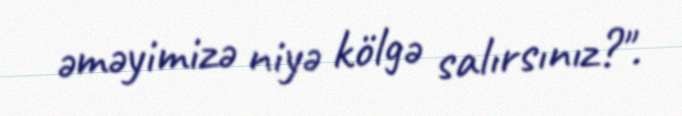
əməyimizə niyə kölgə salırsınız?".